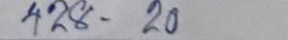
428 - 20